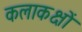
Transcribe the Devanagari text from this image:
कलाकक्षों